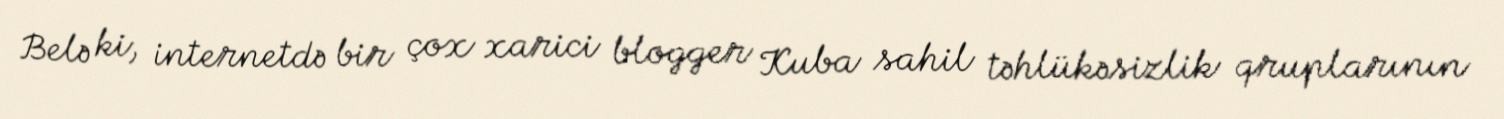
Belə ki, internetdə bir çox xarici blogger Kuba sahil təhlükəsizlik qruplarının